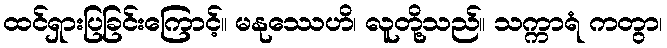
ထင်ရှားပြခြင်းကြောင့်။ မနုဿေဟိ၊ လူတို့သည်။ သက္ကာရံ ကတွာ၊